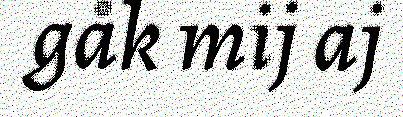
gåk mij aj